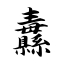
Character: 纛